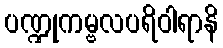
ပဏ္ဍုကမ္ဗလပရိဝါရာနိ